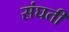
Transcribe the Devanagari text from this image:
संघती